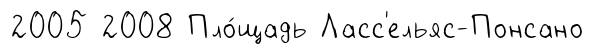
2005 2008 Пло́щадь Ласс'ельяс-Понсано